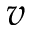
v